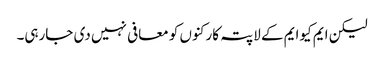
لیکن ایم کیوایم کے لاپتہ کارکنوں کو معافی نہیں دی جارہی۔